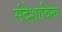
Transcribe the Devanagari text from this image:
संदेशाविना